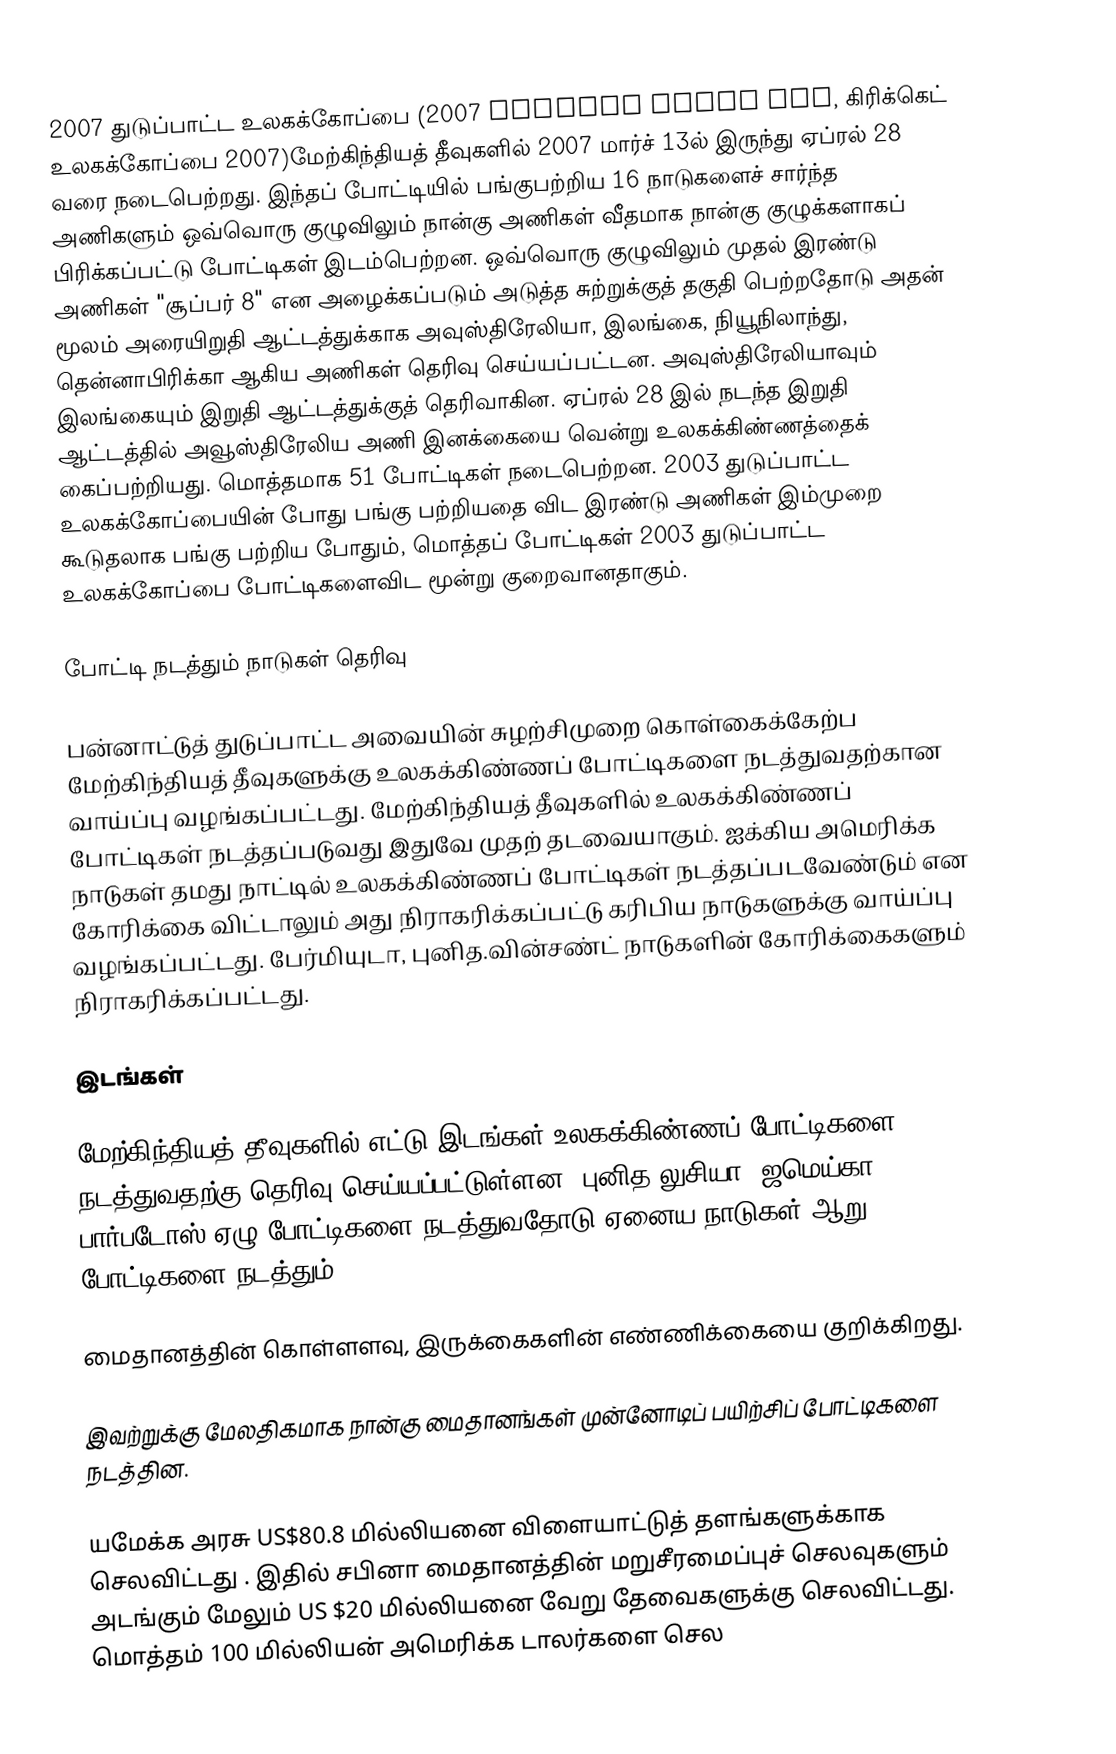
2007 துடுப்பாட்ட உலகக்கோப்பை (2007 Cricket World Cup, கிரிக்கெட் உலகக்கோப்பை 2007)மேற்கிந்தியத் தீவுகளில் 2007 மார்ச் 13ல் இருந்து ஏப்ரல் 28 வரை நடைபெற்றது. இந்தப் போட்டியில்  பங்குபற்றிய 16 நாடுகளைச் சார்ந்த அணிகளும் ஒவ்வொரு குழுவிலும் நான்கு அணிகள் வீதமாக நான்கு குழுக்களாகப் பிரிக்கப்பட்டு போட்டிகள் இடம்பெற்றன. ஒவ்வொரு குழுவிலும் முதல் இரண்டு அணிகள் "சூப்பர் 8" என அழைக்கப்படும் அடுத்த சுற்றுக்குத் தகுதி பெற்றதோடு அதன் மூலம் அரையிறுதி ஆட்டத்துக்காக அவுஸ்திரேலியா, இலங்கை, நியூநிலாந்து, தென்னாபிரிக்கா ஆகிய அணிகள் தெரிவு செய்யப்பட்டன. அவுஸ்திரேலியாவும் இலங்கையும் இறுதி ஆட்டத்துக்குத் தெரிவாகின. ஏப்ரல் 28 இல் நடந்த இறுதி ஆட்டத்தில் அவூஸ்திரேலிய அணி இனக்கையை வென்று உலகக்கிண்ணத்தைக் கைப்பற்றியது. மொத்தமாக 51 போட்டிகள் நடைபெற்றன. 2003 துடுப்பாட்ட உலகக்கோப்பையின் போது பங்கு பற்றியதை விட இரண்டு அணிகள் இம்முறை கூடுதலாக பங்கு பற்றிய போதும், மொத்தப் போட்டிகள் 2003 துடுப்பாட்ட உலகக்கோப்பை போட்டிகளைவிட மூன்று குறைவானதாகும்.

போட்டி நடத்தும் நாடுகள் தெரிவு

பன்னாட்டுத் துடுப்பாட்ட அவையின் சுழற்சிமுறை கொள்கைக்கேற்ப மேற்கிந்தியத் தீவுகளுக்கு உலகக்கிண்ணப் போட்டிகளை நடத்துவதற்கான வாய்ப்பு வழங்கப்பட்டது. மேற்கிந்தியத் தீவுகளில் உலகக்கிண்ணப் போட்டிகள் நடத்தப்படுவது இதுவே முதற் தடவையாகும். ஐக்கிய அமெரிக்க நாடுகள் தமது நாட்டில் உலகக்கிண்ணப் போட்டிகள் நடத்தப்படவேண்டும் என கோரிக்கை விட்டாலும் அது நிராகரிக்கப்பட்டு கரிபிய நாடுகளுக்கு வாய்ப்பு வழங்கப்பட்டது. பேர்மியுடா, புனித.வின்சண்ட் நாடுகளின் கோரிக்கைகளும் நிராகரிக்கப்பட்டது.

இடங்கள்

மேற்கிந்தியத் தீவுகளில் எட்டு இடங்கள் உலகக்கிண்ணப் போட்டிகளை நடத்துவதற்கு தெரிவு செய்யப்பட்டுள்ளன. புனித.லுசியா, ஜமெய்கா, பார்படோஸ் ஏழு போட்டிகளை நடத்துவதோடு ஏனைய நாடுகள் ஆறு போட்டிகளை நடத்தும்.

மைதானத்தின் கொள்ளளவு, இருக்கைகளின் எண்ணிக்கையை குறிக்கிறது.

இவற்றுக்கு மேலதிகமாக நான்கு மைதானங்கள் முன்னோடிப் பயிற்சிப் போட்டிகளை நடத்தின.

யமேக்க அரசு US$80.8 மில்லியனை விளையாட்டுத் தளங்களுக்காக செலவிட்டது . இதில் சபினா மைதானத்தின் மறுசீரமைப்புச் செலவுகளும் அடங்கும் மேலும் US $20 மில்லியனை வேறு தேவைகளுக்கு செலவிட்டது. மொத்தம் 100 மில்லியன் அமெரிக்க டாலர்களை செல